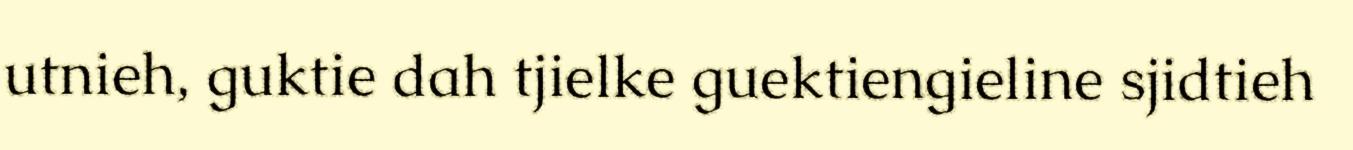
utnieh, guktie dah tjielke guektiengieline sjidtieh